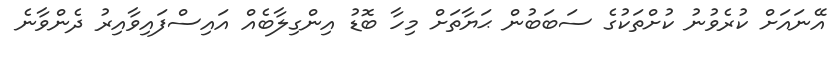
އޭނައަށް ކުރެވުނު ކުށްތަކުގެ ސަބަބުން ޙަޔާތަށް މިހާ ބޮޑު އިންގިލާބެއް އައިސްފައިވާއިރު ދެންވާނެ